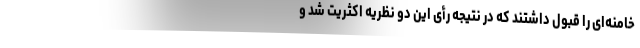
خامنه‌ای را قبول داشتند که در نتیجه رأی این دو نظریه اکثریت شد و